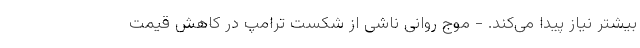
بیشتر نیاز پیدا می‌کند. - موج روانی ناشی از شکست ترامپ در کاهش قیمت